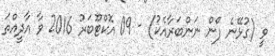
ވީ (ގުޅޭނެ ފޯން ނަންބަރާއެކު) - 09 އޮކްޓޫބަރު 2016 ވާ އާދީއްތަ